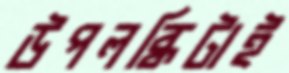
উপলব্ধিটাই